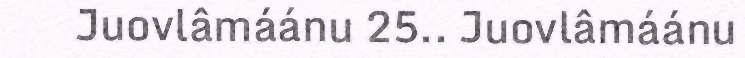
Juovlâmáánu 25.. Juovlâmáánu